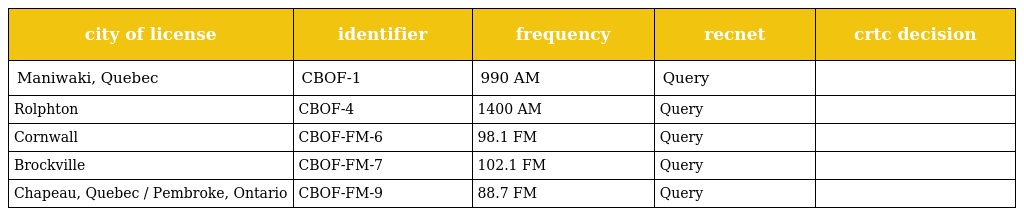
| city of license | identifier | frequency | recnet | crtc decision |
 | --- | --- | --- | --- | --- |
 | Maniwaki, Quebec | CBOF-1 | 990 AM | Query |  |
 | Rolphton | CBOF-4 | 1400 AM | Query |  |
 | Cornwall | CBOF-FM-6 | 98.1 FM | Query |  |
 | Brockville | CBOF-FM-7 | 102.1 FM | Query |  |
 | Chapeau, Quebec / Pembroke, Ontario | CBOF-FM-9 | 88.7 FM | Query |  |